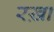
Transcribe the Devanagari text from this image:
रख़ा